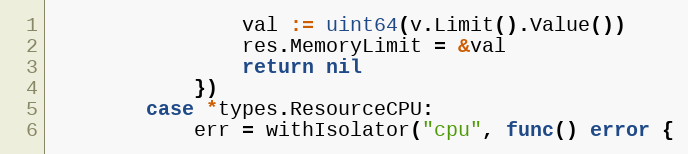
Language: Go
				val := uint64(v.Limit().Value())
				res.MemoryLimit = &val
				return nil
			})
		case *types.ResourceCPU:
			err = withIsolator("cpu", func() error {